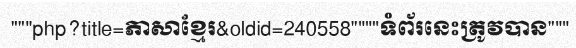
"""php?title=ភាសាខ្មែរ&oldid=240558""""ទំព័រនេះត្រូវបាន"""